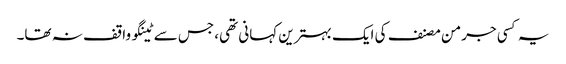
یہ کسی جرمن مصنف کی ایک بہترین کہانی تھی، جس سے ٹینگو واقف نہ تھا۔